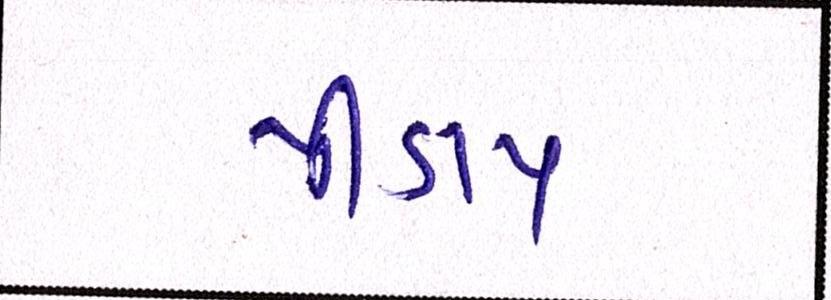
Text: પીડાય